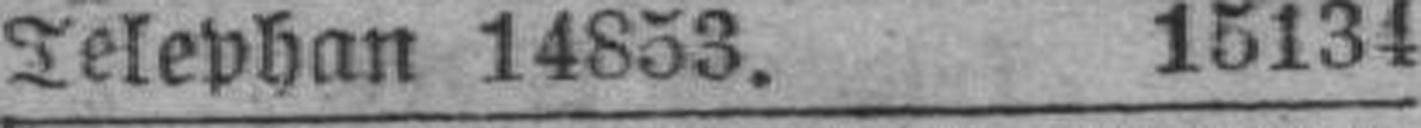
Telephan 14853. 15134